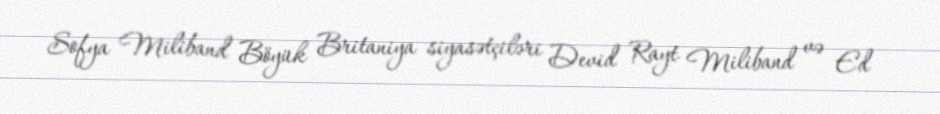
Sofya Miliband Böyük Britaniya siyasətçiləri Devid Rayt Miliband və Ed